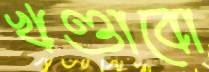
খণ্ডাবো